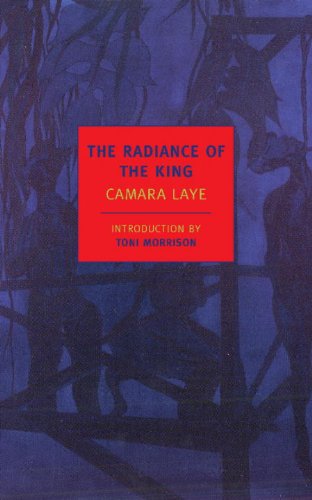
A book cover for The Radiance of the King (New York Review Books Classics); Camara Laye; Literature & Fiction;